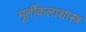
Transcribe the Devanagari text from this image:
मूर्तीकलाशास्त्र